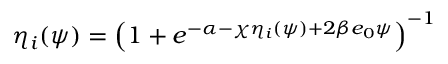
\begin{array} { r } { \eta _ { i } ( \psi ) = \left( { 1 + e ^ { - \alpha - \chi \eta _ { i } ( \psi ) + 2 \beta e _ { 0 } \psi } } \right) ^ { - 1 } } \end{array}